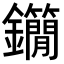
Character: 𨰓